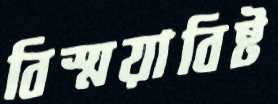
বিস্ময়াবিষ্ট